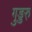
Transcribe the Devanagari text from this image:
गुड्डरु